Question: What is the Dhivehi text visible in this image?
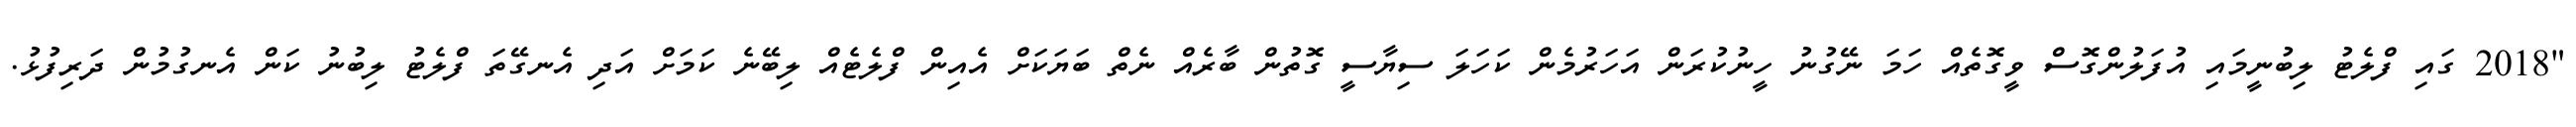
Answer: "2018 ގައި ފްލެޓު ލިބުނީމައި އުފަލުންގޮސް ވީގޮތެއް ހަމަ ނޭގުނު ހީނުކުރަން އަހަރުމެން ކަހަލަ ސިޔާސީ ގޮތުން ބާރެއް ނެތް ބަޔަކަށް އެއިން ފްލެޓެއް ލިބޭނެ ކަމަށް އަދި އެނގޭތަ ފްލެޓު ލިބުނު ކަން އެނގުމުން ދަރިފުޅު.